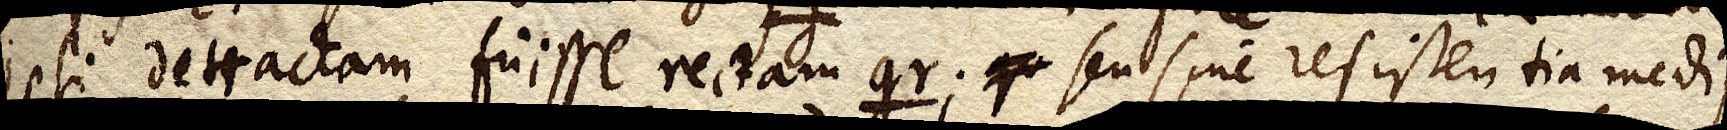
ipsi detractam fuisse rectam gr. qu seu sine resistentia medii